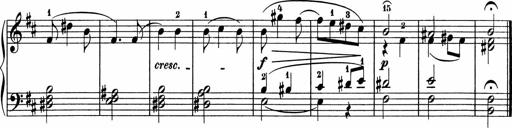
Title: 5 Sonatinen fÃ¼r die Jugend
Composer: Carl Reinecke